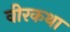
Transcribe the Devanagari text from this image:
वीरकथा